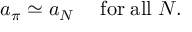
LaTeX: a _ { \pi } \simeq a _ { N } \quad \mathrm { \; f o r \; a l l \; } N .